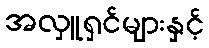
အလှူရှင်များနှင့်